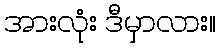
အားလုံး ဒီမှာလား။